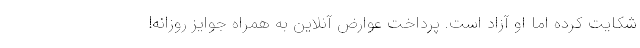
شکایت کرده اما او آزاد است. پرداخت عوارض آنلاین به همراه جوایز روزانه!